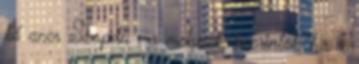
kő aner Szopdu , a melynek, szerintök, ha a